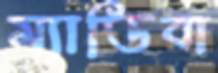
ম্যাডিবা